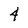
Character: 4